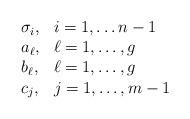
LaTeX: \begin{align*}\begin{array}{ll}\sigma_i, & i=1,\ldots n-1 \\a_\ell , & \ell=1,\ldots,g \\b_\ell, & \ell=1,\ldots,g \\c_j, & j=1,\ldots, m-1\end{array}\end{align*}